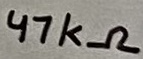
Text: 47kΩ